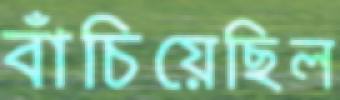
বাঁচিয়েছিল